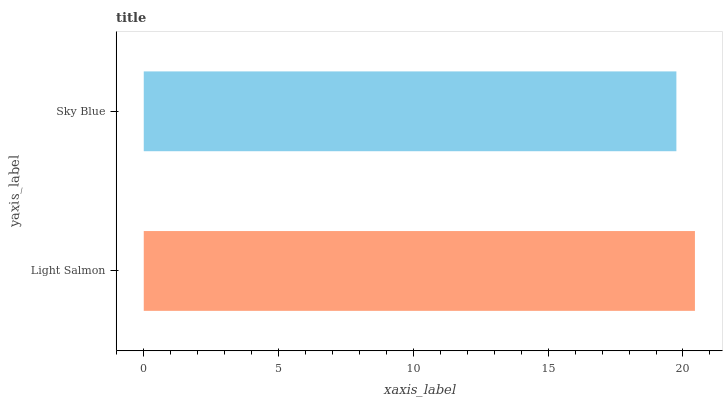
| yaxis_label | bars |
 | --- | --- |
 | Light Salmon | 20.4 |
 | Sky Blue | 19.8 |